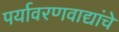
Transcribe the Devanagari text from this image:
पर्यावरणवाद्यांचे